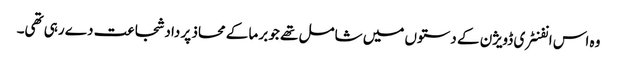
وہ اس انفنٹری ڈویژن کے دستوں میں شامل تھے جو برما کے محاذ پر داد شجاعت دے رہی تھی۔